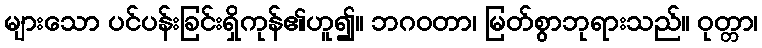
များသော ပင်ပန်းခြင်းရှိကုန်၏ဟူ၍။ ဘဂဝတာ၊ မြတ်စွာဘုရားသည်။ ဝုတ္တာ၊